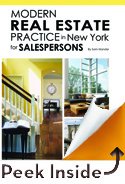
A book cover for Modern Real Estate Practice in New York for Salespersons, 11 E; Sam Irlander; Business & Money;